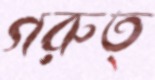
গরুত্